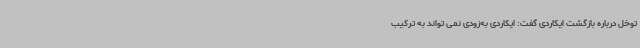
توخل درباره بازگشت ایکاردی گفت: ایکاردی به‌زودی نمی تواند به ترکیب